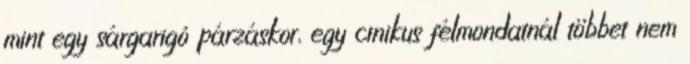
mint egy sárgarigó párzáskor, egy cinikus félmondatnál többet nem